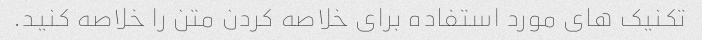
تکنیک های مورد استفاده برای خلاصه کردن متن را خلاصه کنید.